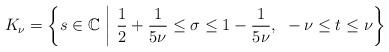
LaTeX: \begin{align*}K_\nu= \left\{s \in \mathbb{C} ~\middle|~ \frac{1}{2}+\frac{1}{5\nu} \leq \sigma \leq 1-\frac{1}{5\nu}, ~ -\nu \leq t \leq \nu \right\}\end{align*}